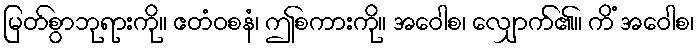
မြတ်စွာဘုရားကို။ ဧတံဝစနံ၊ ဤစကားကို။ အဝေါစ၊ လျှောက်၏။ ကိံ အဝေါစ၊